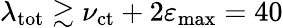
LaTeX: \lambda_{\mathrm{tot}}\gtrsim\nu_{\mathrm{ct}}+2\varepsilon_{\mathrm{max}}=40